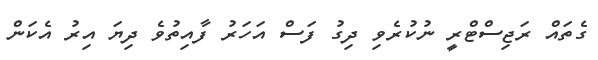
ގެތައް ރަޖިސްޓްރީ ނުކުރެވި ދިގު ފަސް އަހަރު ފާއިތުވެ ދިޔަ އިރު އެކަން